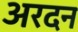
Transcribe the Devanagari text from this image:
अरदन